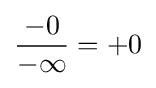
{\frac {-0}{-\infty }}=+0\,\!